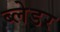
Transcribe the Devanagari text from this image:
ब्लेडर